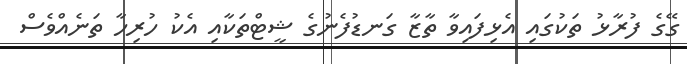
ގޭގެ ފުރާޅު ތަކުގައި އެޅިފައިވާ ތާޒާ ގަނޑުފެނުގެ ޝީޓްތަކާއި އެކު ހުރިހާ ތަނެއްވެސް